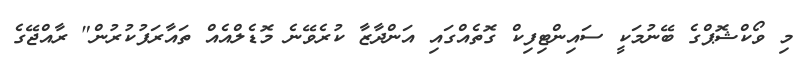
މި ވޯކްޝޮޕްގެ ބޭނުމަކީ ސައިންޓިފިކް ގޮތެއްގައި އަންދާޒާ ކުރެވޭނެ މޮޑެލްއެއް ތައާރަފުކުރުން" ރާއްޖޭގެ